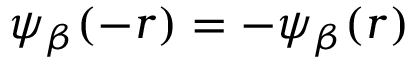
\psi _ { \beta } ( - r ) = - \psi _ { \beta } ( r )